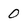
Character: 0